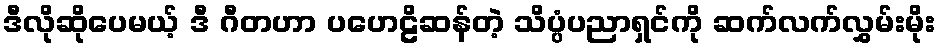
ဒီလိုဆိုပေမယ့် ဒီ ဂီတဟာ ပဟေဠိဆန်တဲ့ သိပ္ပံပညာရှင်ကို ဆက်လက်လွှမ်းမိုး